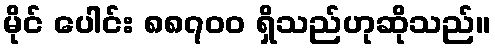
မိုင် ပေါင်း ၈၈၇၀၀ ရှိသည်ဟုဆိုသည်။